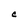
Character: c